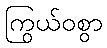
ကြွယ်ဝစွာ